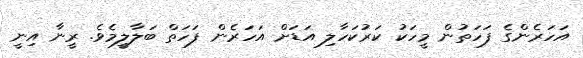
އަހަރެންގެ ފަހަތުން މީހަކު ކަރުކަހާލި އަޑަށް އަހަރެން ފަހަތް ބަލާލީމެވެ. ރީނާ އިނީ